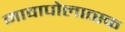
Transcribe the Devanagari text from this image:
नावापोलात्स्क